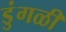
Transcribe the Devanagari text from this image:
डुंगळी